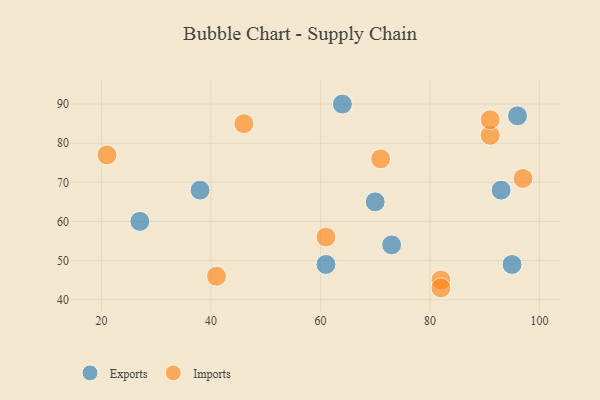
{"axis": {"x": "GDP", "y": "Life Expectancy"}, "legend": ["Exports", "Imports"], "data": [{"x": "38", "y": 68, "type": "Exports"}, {"x": "73", "y": 54, "type": "Exports"}, {"x": "27", "y": 60, "type": "Exports"}, {"x": "70", "y": 65, "type": "Exports"}, {"x": "64", "y": 90, "type": "Exports"}, {"x": "95", "y": 49, "type": "Exports"}, {"x": "93", "y": 68, "type": "Exports"}, {"x": "61", "y": 49, "type": "Exports"}, {"x": "96", "y": 87, "type": "Exports"}, {"x": "82", "y": 45, "type": "Imports"}, {"x": "91", "y": 82, "type": "Imports"}, {"x": "71", "y": 76, "type": "Imports"}, {"x": "46", "y": 85, "type": "Imports"}, {"x": "21", "y": 77, "type": "Imports"}, {"x": "41", "y": 46, "type": "Imports"}, {"x": "97", "y": 71, "type": "Imports"}, {"x": "91", "y": 86, "type": "Imports"}, {"x": "82", "y": 43, "type": "Imports"}, {"x": "61", "y": 56, "type": "Imports"}]}